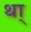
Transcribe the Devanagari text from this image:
था्